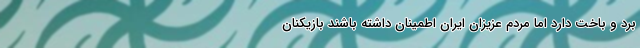
برد و باخت دارد اما مردم عزیزان ایران اطمینان داشته باشند بازیکنان